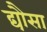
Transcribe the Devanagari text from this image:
द्यौसा